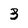
Character: 3